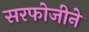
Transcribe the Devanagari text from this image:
सरफोजीने